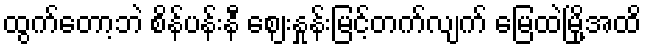
ထွက်တော့ဘဲ စိန်ပန်းနီ ဈေးနှုန်းမြင့်တက်လျက် မြေထဲမြို့အထိ